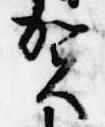
賀